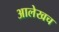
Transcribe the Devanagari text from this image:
अालेखच